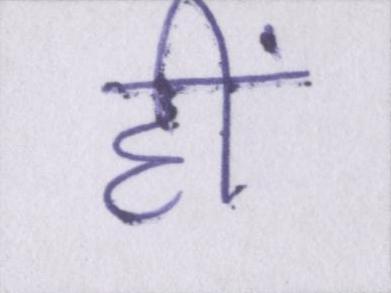
हीं